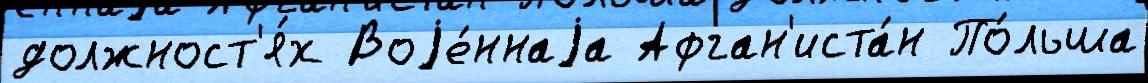
должност'я́х Воjе́ннаjа Афган'иста́н По́льша